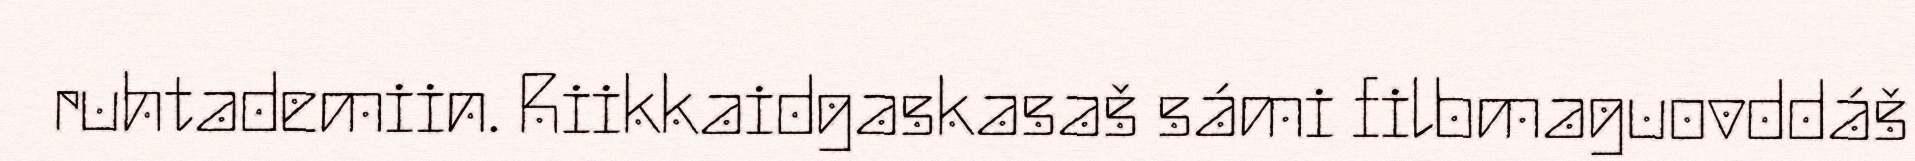
ruhtademiin. Riikkaidgaskasaš sámi filbmaguovddáš